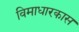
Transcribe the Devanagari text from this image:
विमाधारकास